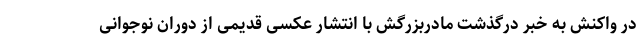
در واکنش به خبر درگذشت مادربزرگش با انتشار عکسی قدیمی از دوران نوجوانی